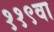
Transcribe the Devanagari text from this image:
११९वा